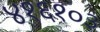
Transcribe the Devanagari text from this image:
४१६१०३